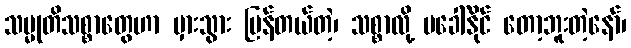
သမ္မုတိသစ္စာတွေဟာ မှားသွား ပြန်တယ်တဲ့၊ သစ္စာလို့ မခေါ်နိုင် တော့ဘူးတဲ့နော်၊